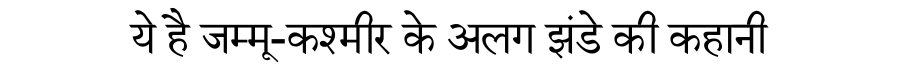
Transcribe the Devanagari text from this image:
ये है जम्मू-कश्मीर के अलग झंडे की कहानी